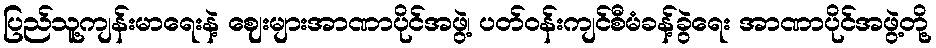
ပြည်သူ့ကျန်းမာရေးနဲ့ ဈေးများအာဏာပိုင်အဖွဲ့၊ ပတ်ဝန်းကျင်စီမံခန့်ခွဲရေး အာဏာပိုင်အဖွဲ့တို့